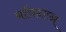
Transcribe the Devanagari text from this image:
बॉयन्टन